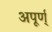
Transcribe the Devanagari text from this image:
अपूर्ण्‌